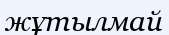
жұтылмай